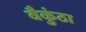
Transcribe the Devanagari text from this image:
वैकुंठा